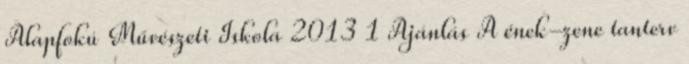
Alapfokú Művészeti Iskola 2013 1 Ajánlás A ének-zene tanterv